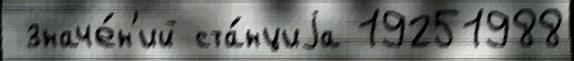
 значе́н'ий ста́нциjа 19251988